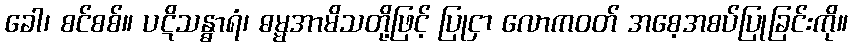
ခေါ၊ စင်စစ်။ ပဋိသန္ဓာရံ၊ ဓမ္မအာမိသတို့ဖြင့် ပြုငှာ လောကဝတ် အစေ့အစပ်ပြုခြင်းကို။